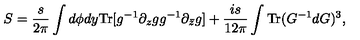
S = \frac { s } { 2 \pi } \int d \phi d y { \mathrm { T r } } [ g ^ { - 1 } \partial _ { z } g g ^ { - 1 } \partial _ { \bar { z } } g ] + \frac { i s } { 1 2 \pi } \int { \mathrm { T r } } ( G ^ { - 1 } d G ) ^ { 3 } ,